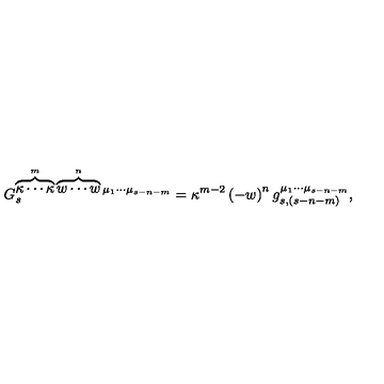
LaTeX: G _ { s } ^ { \overbrace { \kappa \cdots \kappa } ^ { m } \overbrace { w \cdots w } ^ { n } \mu _ { 1 } \cdots \mu _ { s - n - m } } = \kappa ^ { m - 2 } \left( - w \right) ^ { n } g _ { s , ( s - n - m ) } ^ { \mu _ { 1 } \cdots \mu _ { s - n - m } } ,